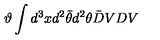
\vartheta \int d ^ { 3 } x d ^ { 2 } \bar { \theta } d ^ { 2 } \theta \bar { D } V D V